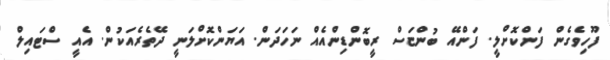
ފޫހިވެގެން ފަންކޮށްލީ. ފަންއޭ ބުންޏަސް ރީބޮންޑިންއެއް ނަހަދަން. އަޔަންކޮށްލަނީ ދޭތެރެއަކުން. އެއީ ސްޓައިލް